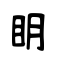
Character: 眀